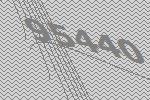
95440